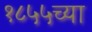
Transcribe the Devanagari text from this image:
१८५५च्या